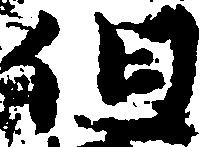
但